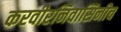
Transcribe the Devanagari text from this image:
करवीरनिवासिनीच